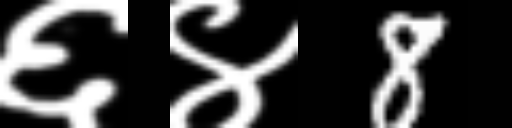
Text: ६४8